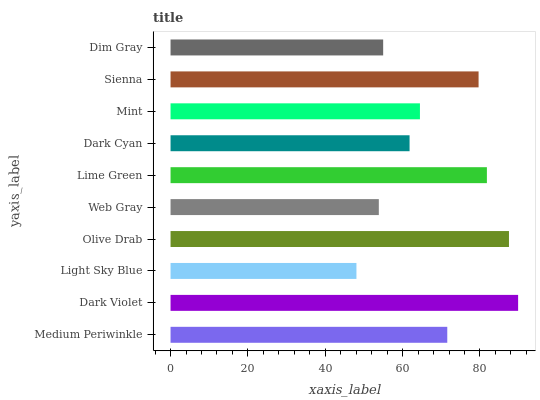
| yaxis_label | bars |
 | --- | --- |
 | Medium Periwinkle | 71.5 |
 | Dark Violet | 89.9 |
 | Light Sky Blue | 48.1 |
 | Olive Drab | 87.5 |
 | Web Gray | 53.8 |
 | Lime Green | 81.8 |
 | Dark Cyan | 61.8 |
 | Mint | 64.5 |
 | Sienna | 79.6 |
 | Dim Gray | 55 |